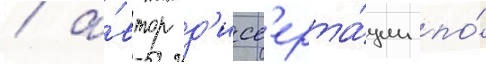
/ а́втор д'исс'ерта́ции по́